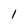
Character: 1